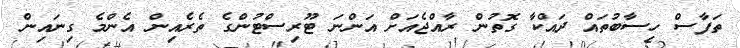
ތަފާސް ހިސާބުތައް ދައްކާ ގޮތުން ރާއްޖެއަށް އަންނަ ޓޫރިސްޓުންގެ ތެރެއިން އެންމެ ގިނައިން